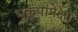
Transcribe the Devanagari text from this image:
भूकंपांपेक्षा